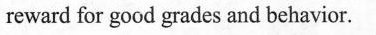
reward for good grades and behavior.